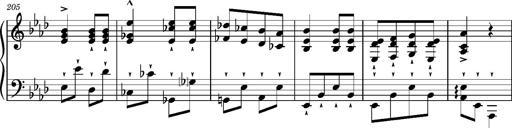
Title: Magyar rapszÃ³diÃ¡k
Composer: Franz Liszt